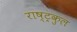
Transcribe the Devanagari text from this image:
राष्‍ट्रकुल